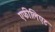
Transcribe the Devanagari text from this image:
एफीलिएट